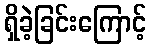
ရှိခဲ့ခြင်းကြောင့်